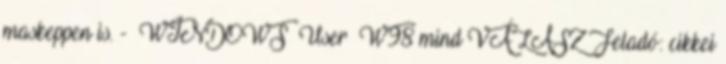
maskeppen is. - WINDOWS User W98 mind VÁLASZ Feladó: cikkei